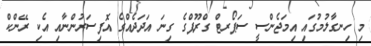
މި ހިނގާލުމުގައި އިމަޖެންސީ ސަޕޯރޓް ގްރޫޕްގެ ގިނަ އަދަދެއްގެ އޮފިސަރުންނާއި އެކި ރޭންކް